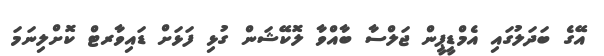
އޭގެ ބަދަލުގައި އެމްޑީޕީން ޖަލްސާ ބާއްވާ ލޮކޭޝަން ގުޅި ފަޅަށް ޑައިވާރޓް ކޮށްލިނަމަ